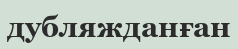
дубляжданған